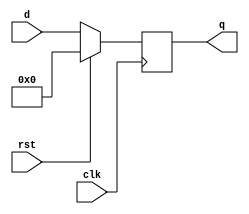
//17-bit dff with synchronous active-high reset
module dff(q,d,clk,rst);
	output reg [16:0] q;	
	input [16:0] d;
	input clk,rst;
	always @(posedge clk)
	begin
	if(rst)
		q <= 17'd0;
	else
		q <= d;
	end
endmodule